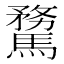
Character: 𩥦